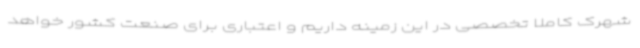
شهرک کاملا تخصصی در این زمینه داریم و اعتباری برای صنعت کشور خواهد